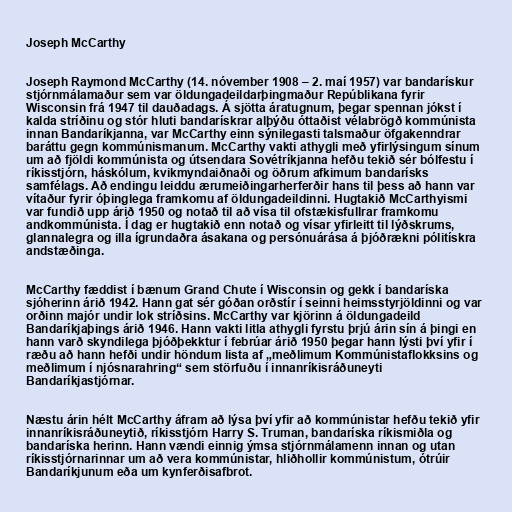
Joseph McCarthy

Joseph Raymond McCarthy (14. nóvember 1908 – 2. maí 1957) var bandarískur
stjórnmálamaður sem var öldungadeildarþingmaður Repúblikana fyrir
Wisconsin frá 1947 til dauðadags. Á sjötta áratugnum, þegar spennan jókst í
kalda stríðinu og stór hluti bandarískrar alþýðu óttaðist vélabrögð kommúnista
innan Bandaríkjanna, var McCarthy einn sýnilegasti talsmaður öfgakenndrar
baráttu gegn kommúnismanum. McCarthy vakti athygli með yfirlýsingum sínum
um að fjöldi kommúnista og útsendara Sovétríkjanna hefðu tekið sér bólfestu í
ríkisstjórn, háskólum, kvikmyndaiðnaði og öðrum afkimum bandarísks
samfélags. Að endingu leiddu ærumeiðingarherferðir hans til þess að hann var
vítaður fyrir óþinglega framkomu af öldungadeildinni. Hugtakið McCarthyismi
var fundið upp árið 1950 og notað til að vísa til ofstækisfullrar framkomu
andkommúnista. Í dag er hugtakið enn notað og vísar yfirleitt til lýðskrums,
glannalegra og illa ígrundaðra ásakana og persónuárása á þjóðrækni pólitískra
andstæðinga.

McCarthy fæddist í bænum Grand Chute í Wisconsin og gekk í bandaríska
sjóherinn árið 1942. Hann gat sér góðan orðstír í seinni heimsstyrjöldinni og var
orðinn majór undir lok stríðsins. McCarthy var kjörinn á öldungadeild
Bandaríkjaþings árið 1946. Hann vakti litla athygli fyrstu þrjú árin sín á þingi en
hann varð skyndilega þjóðþekktur í febrúar árið 1950 þegar hann lýsti því yfir í
ræðu að hann hefði undir höndum lista af „meðlimum Kommúnistaflokksins og
meðlimum í njósnarahring“ sem störfuðu í innanríkisráðuneyti
Bandaríkjastjórnar.

Næstu árin hélt McCarthy áfram að lýsa því yfir að kommúnistar hefðu tekið yfir
innanríkisráðuneytið, ríkisstjórn Harry S. Truman, bandaríska ríkismiðla og
bandaríska herinn. Hann vændi einnig ýmsa stjórnmálamenn innan og utan
ríkisstjórnarinnar um að vera kommúnistar, hliðhollir kommúnistum, ótrúir
Bandaríkjunum eða um kynferðisafbrot.